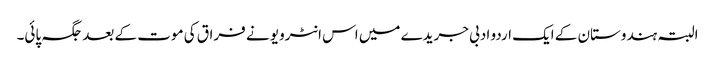
البتہ ہندوستان کے ایک اردو ادبی جریدے میں اس انٹرویو نے فراق کی موت کے بعد جگہ پائی۔